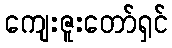
ကျေးဇူးတော်ရှင်